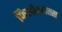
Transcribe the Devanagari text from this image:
फिलोस्त्रातस